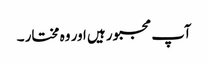
آپ مجبور ہیں اور وہ مختار ۔